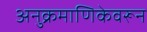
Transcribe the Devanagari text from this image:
अनुक्रमाणिकेवरून